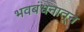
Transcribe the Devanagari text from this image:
भवबंधनातून